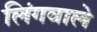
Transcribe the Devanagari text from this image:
लिंगवाले